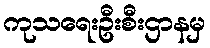
ကုသရေးဦးစီးဌာနမှ